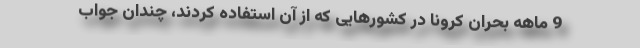
9 ماهه بحران کرونا در کشورهایی که از آن استفاده کردند، چندان جواب